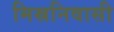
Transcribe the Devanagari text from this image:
मिस्रनिवासी